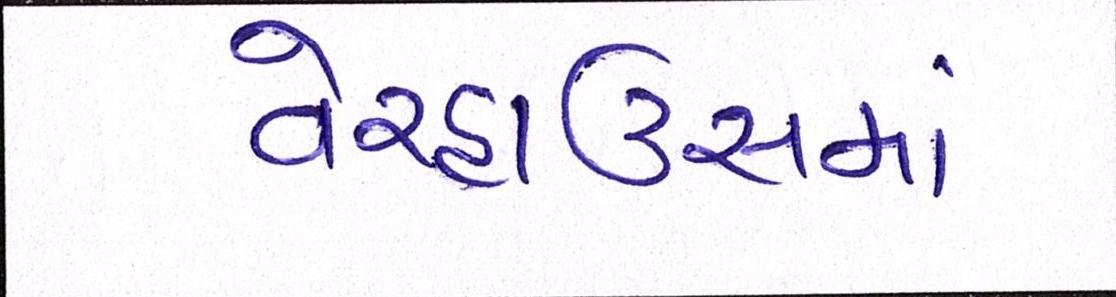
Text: વેરહાઉસમાં